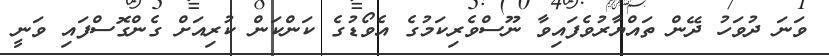
ވަނަ ދުވަހު ދޭން ތައްޔާރުވެފައިވާ ނޫސްވެރިކަމުގެ އެވޯޑުގެ ކަންކަން ކުރިއަށް ގެންގޮސްފައި ވަނީ